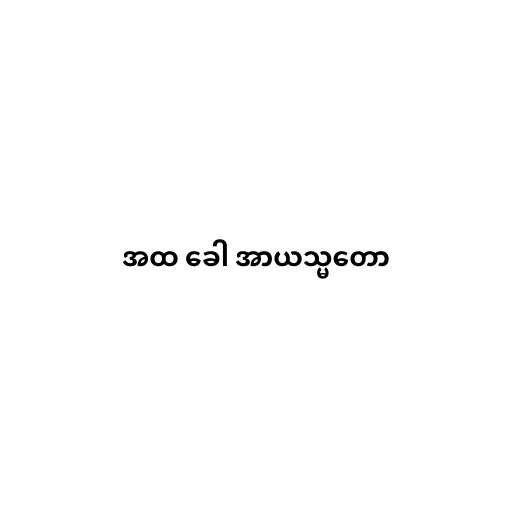
အထ ခေါ အာယသ္မတော